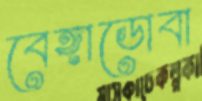
বেঙ্গাডোবা